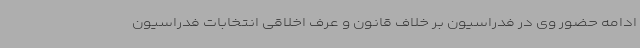
ادامه حضور وی در فدراسیون بر خلاف قانون و عرف اخلاقی انتخابات فدراسیون